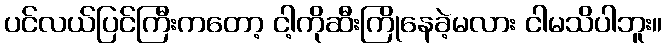
ပင်လယ်ပြင်ကြီးကတော့ ငါ့ကိုဆီးကြိုနေခဲ့မလား ငါမသိပါဘူး။